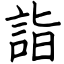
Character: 詣